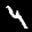
Label: 4